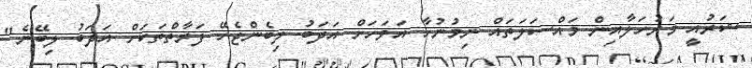
ޝަރުއީ މަރުހަލާއިން މައްސަލަތައް ނިމުނުހާ އަވަހަށް އަދަބު ލިބެންޖެހޭ ފަރާތްތަކަށް އަދަބު ލިބޭނެ"